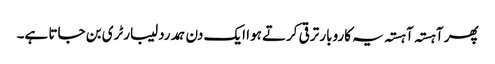
پھر آہستہ آہستہ یہ کاروبار ترقی کرتے ہوا ایک دن ہمدرد لیبارٹری بن جاتا ہے۔